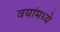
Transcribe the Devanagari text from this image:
वयांमध्ये